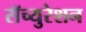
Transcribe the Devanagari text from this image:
सॅच्युरेशन